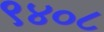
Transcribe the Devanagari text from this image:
९४०८